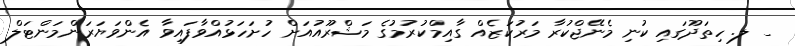
_ ލ. ހިތަދޫގައި ކުނި މެނޭޖްކުރާ މަރުކަޒެއް ގާއިމްކުރުމުގެ މަޝްރޫއުއަށް ހުށަހަޅުއްވާފައިވާ އެންވަޔަރަންމަންޓަލް